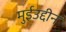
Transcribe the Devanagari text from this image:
मुईउद्दीन